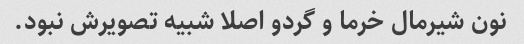
نون شیرمال خرما و گردو اصلا شبیه تصویرش نبود.